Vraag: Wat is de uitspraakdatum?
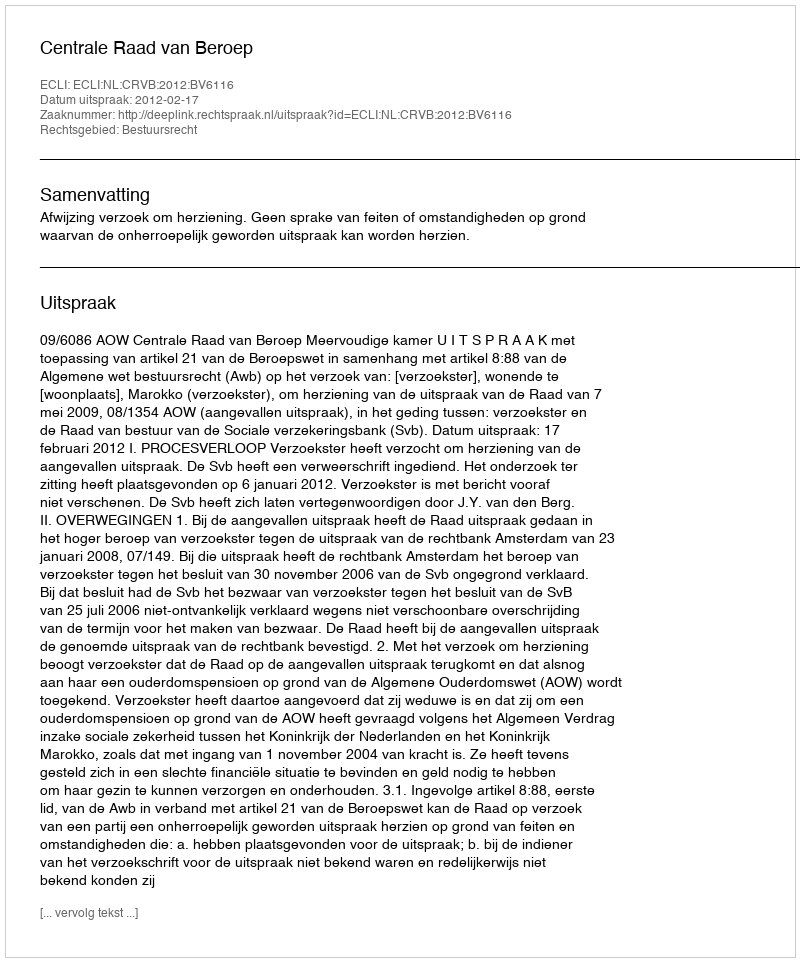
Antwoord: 2012-02-17